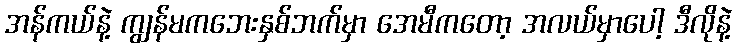
အန်ကယ်နဲ့ ကျွန်မကဘေးနှစ်ဘက်မှာ အေမီကတော့ အလယ်မှာပေါ့ ဒီလိုနဲ့